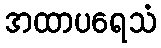
အထာပရေသံ